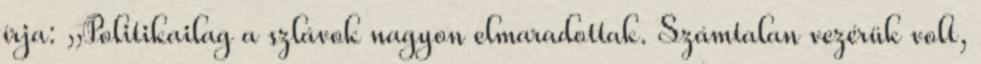
írja: „Politikailag a szlávok nagyon elmaradottak. Számtalan vezérük volt,